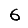
Digit: 6